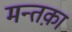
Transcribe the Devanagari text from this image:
मन्तक़ा